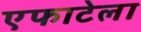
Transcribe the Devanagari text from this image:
एफाटेला